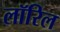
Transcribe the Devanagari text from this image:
लॉरिल